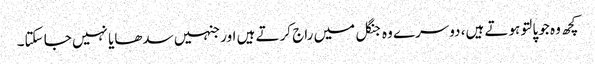
کچھ وہ جو پالتو ہوتے ہیں، دوسرے وہ جنگل میں راج کرتے ہیں اور جنہیں سدھایا نہیں جا سکتا۔